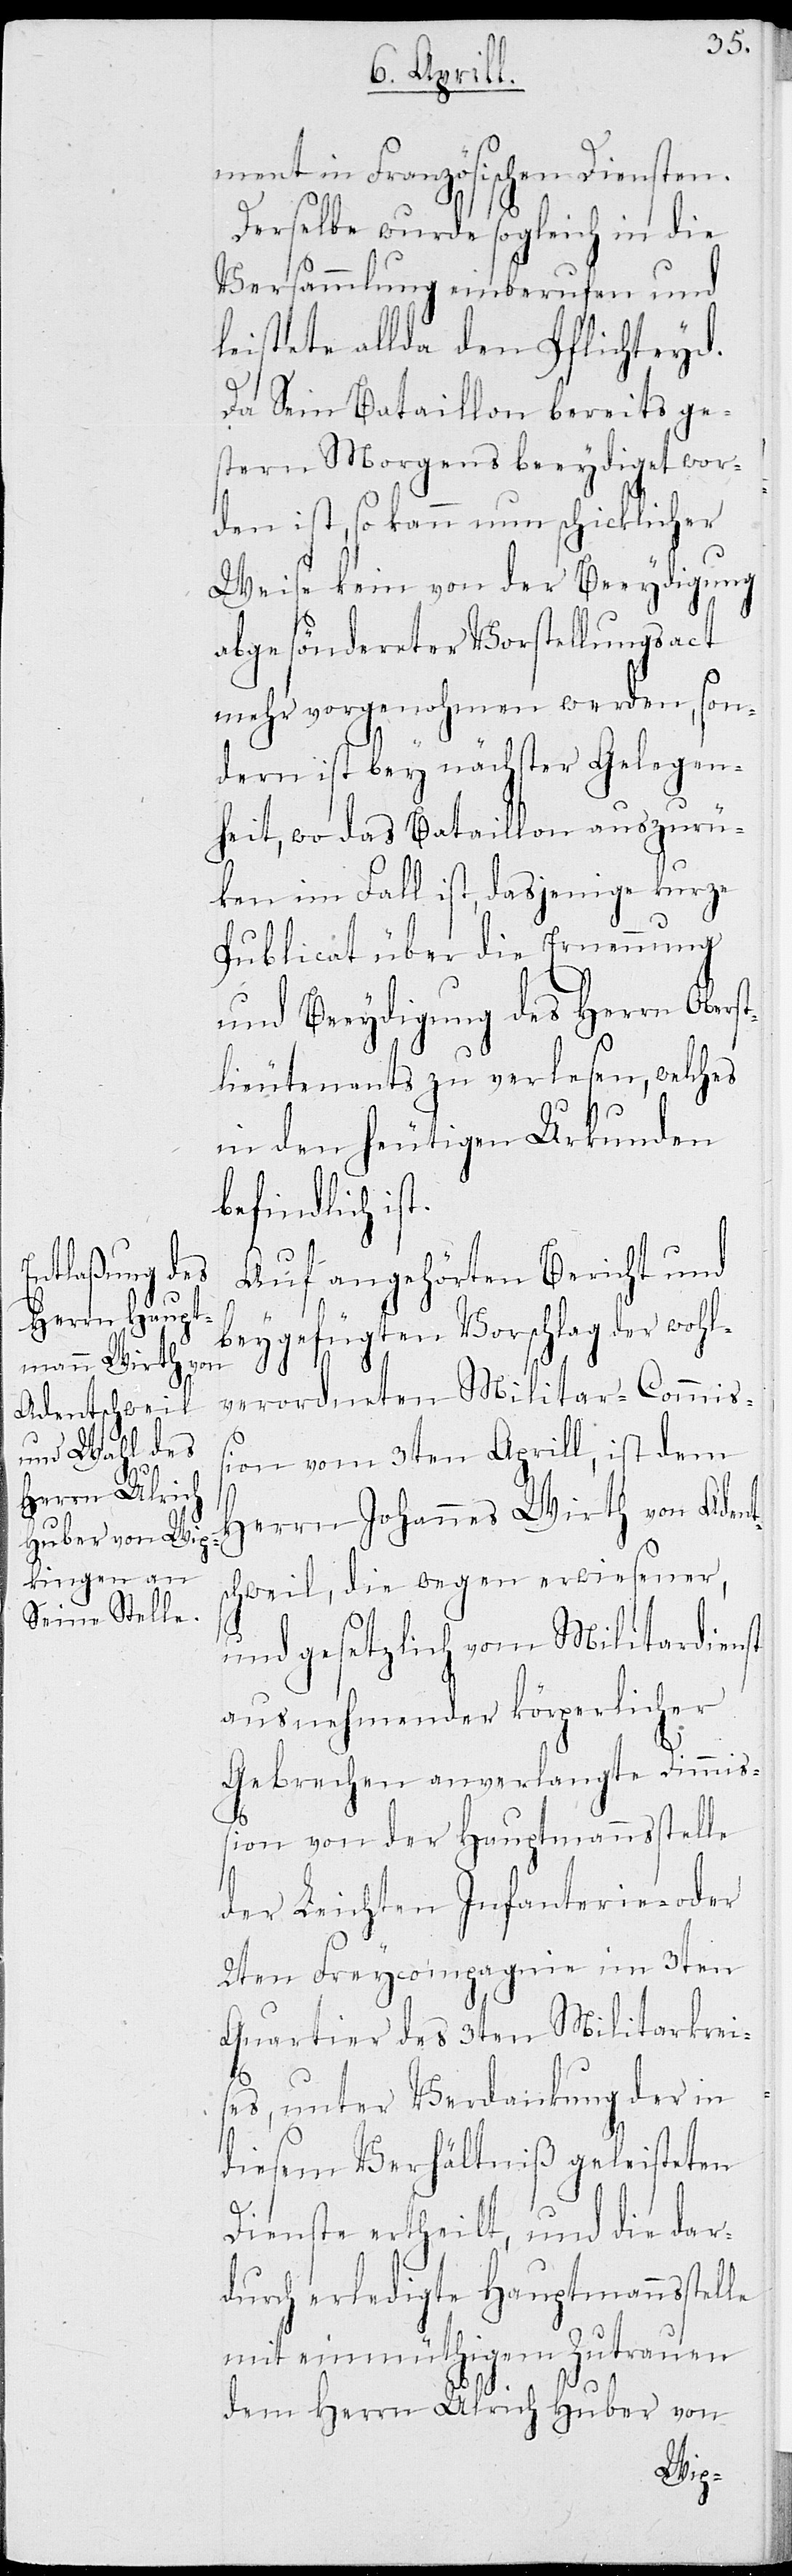
ment in Französischen Diensten.
Derselbe wurde sogleich in die
Versammlung einberufen und
leistete allda den Pflichteyd.
Da Sein Bataillon bereits ge¬
stern Morgens beeydiget wor¬
den ist, so kann nun schicklicher
Weise kein von der Beeydigung
abgesönderter Vorstellungsact
mehr vorgenohmen werden, son¬
dern ist bey nächster Gelegen¬
heit, wo das Bataillon auszurü¬
ken im Fall ist, dasjenige kurze
Publicat über die Ernennung
und Beeydigung des Herrn Oberst¬
lieutenants zu verlesen, welches
in den heutigen Urkunden
befindlich ist.
Auf angehörten Bericht und
beygefügten Vorschlag der wohl¬
verordneten Militar-Commiß¬
ion vom 3ten Aprill, ist dem
Herrn Johannes Wirth von Adent¬
schweil, die wegen erwiesener,
und gesetzlich vom Militardienst
ausnehmender körperlicher
Gebrechen anverlangte Dimmiß¬
ion von der Hauptmannstelle
der Leichten Infanterie- oder
2ten Freycompagnie im 3ten
Quartier des 3ten Militarkrei¬
ses, unter Verdankung der in
diesem Verhältnis geleisteten
Dienste ertheilt, und die da¬
durch erledigte Hauptmannsstelle
mit einmüthigem Zutrauen
dem Herrn Ulrich Huber von